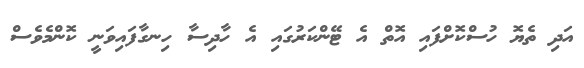
އަދި ތެޔޮ ހުސްކޮށްފައި އޮތް އެ ޓޭންކަރުގައި އެ ހާދިސާ ހިނގާފައިވަނީ ކޮންމެވެސް